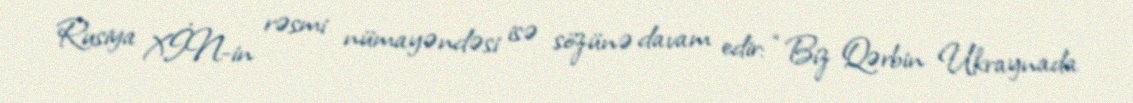
Rusiya XİN-in rəsmi nümayəndəsi isə sözünə davam edir: “Biz Qərbin Ukraynada